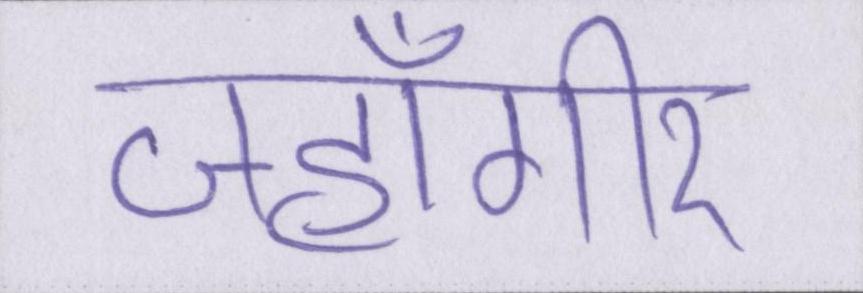
जहाँगीर